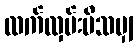
လက်လှမ်းမီသမျှ